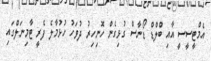
އެމްޓީސީސީ އާއި ބްލްޑް ޑޯނާސް ގުޅިގެން ހޮނިހިރު ދުވަހު ހުޅުމާލެ ފެރީ ޓާމިނަލްގައި